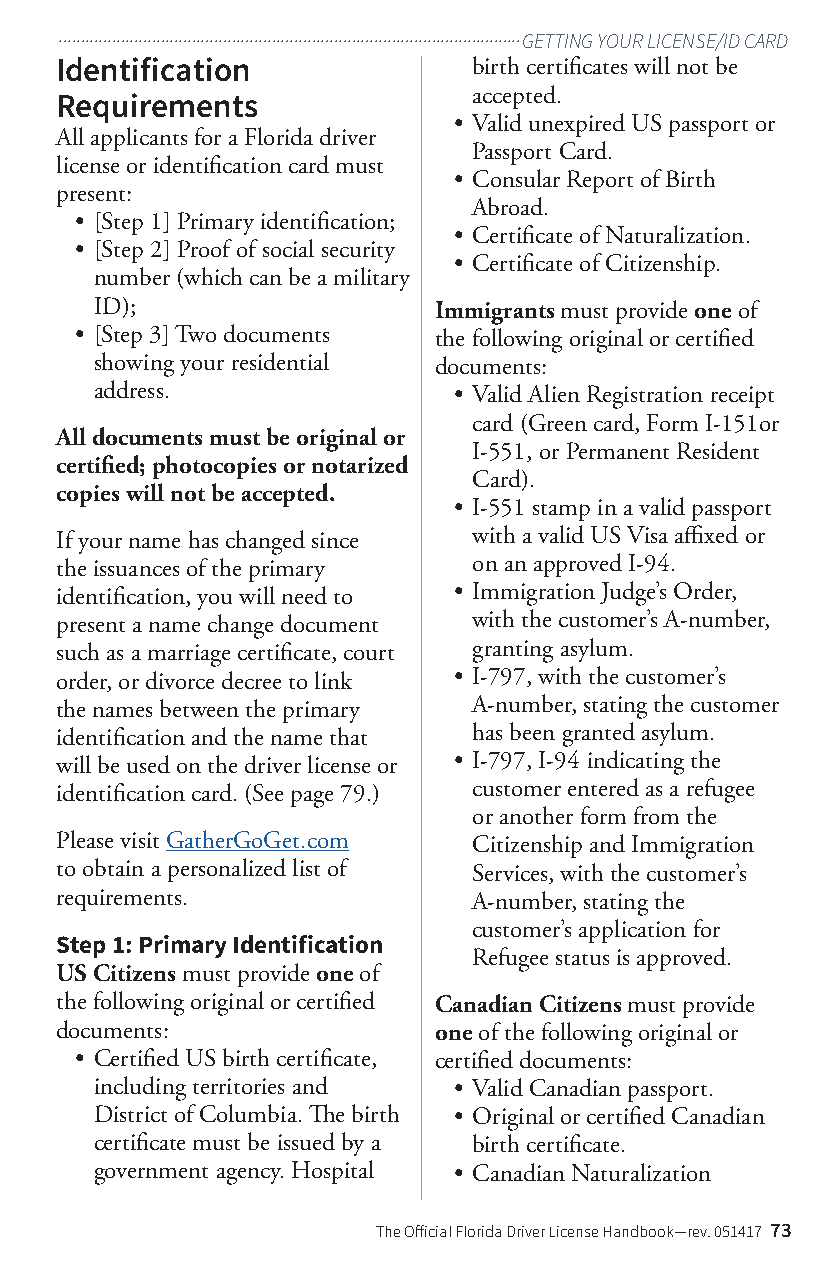
........................................................................................................GETTING YOUR LICENSE/ID CARD
 Identification             birth certificates will not be
 accepted.
 Requirements
 • Valid unexpired US passport or
 All applicants for a Florida driver
 Passport Card.
 license or identification card must
 • Consular Report of Birth
 present:
 Abroad.
 • [Step 1] Primary identification;
 • Certificate of Naturalization.
 • [Step 2] Proof of social security
 • Certificate of Citizenship.
 number (which can be a military
 ID);                   Immigrants must provide one of
 • [Step 3] Two documents the following original or certified
 showing your residential documents:
 address.                • Valid Alien Registration receipt
 card (Green card, Form I-151or
 All documents must be original or
 I-551, or Permanent Resident
 certified; photocopies or notarized
 Card).
 copies will not be accepted.
 • I-551 stamp in a valid passport
 If your name has changed since with a valid US Visa affixed or
 the issuances of the primary on an approved I-94.
 identification, you will need to • Immigration Judge’s Order,
 present a name change document with the customer’s A-number,
 such as a marriage certificate, court granting asylum.
 order, or divorce decree to link • I-797, with the customer’s
 the names between the primary A-number, stating the customer
 identification and the name that has been granted asylum.
 will be used on the driver license or • I-797, I-94 indicating the
 identification card. (See page 79.) customer entered as a refugee
 or another form from the
 Please visit GatherGoGet.com Citizenship and Immigration
 to obtain a personalized list of Services, with the customer’s
 requirements.              A-number, stating the
 customer’s application for
 Step 1: Primary Identification
 Refugee status is approved.
 US Citizens must provide one of
 the following original or certified Canadian Citizens must provide
 documents:               one of the following original or
 • Certified US birth certificate, certified documents:
 including territories and • Valid Canadian passport.
 District of Columbia. The birth • Original or certified Canadian
 certificate must be issued by a birth certificate.
 government agency. Hospital • Canadian Naturalization
 The Official Florida Driver License Handbook—rev. 051417 73